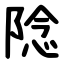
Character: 䧔